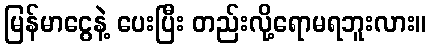
မြန်မာငွေနဲ့ ပေးပြီး တည်းလို့ရောမရဘူးလား။